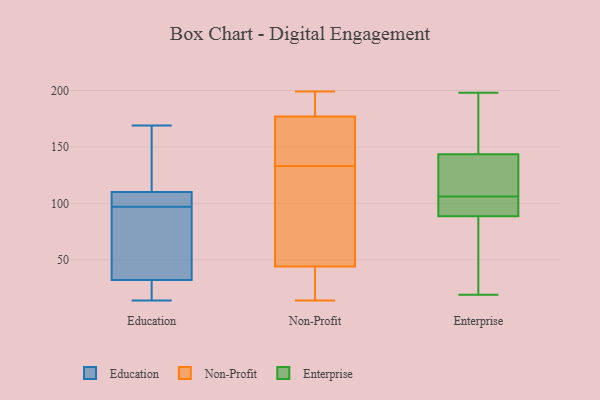
{"axis": {"x": "Tickets Resolved", "y": "Value"}, "legend": ["Education", "Enterprise", "Non-Profit"], "data": [{"x": "", "y": 91, "type": "Education"}, {"x": "", "y": 163, "type": "Education"}, {"x": "", "y": 32, "type": "Education"}, {"x": "", "y": 18, "type": "Education"}, {"x": "", "y": 14, "type": "Education"}, {"x": "", "y": 101, "type": "Education"}, {"x": "", "y": 94, "type": "Education"}, {"x": "", "y": 169, "type": "Education"}, {"x": "", "y": 100, "type": "Education"}, {"x": "", "y": 110, "type": "Education"}, {"x": "", "y": 198, "type": "Non-Profit"}, {"x": "", "y": 34, "type": "Non-Profit"}, {"x": "", "y": 91, "type": "Non-Profit"}, {"x": "", "y": 44, "type": "Non-Profit"}, {"x": "", "y": 180, "type": "Non-Profit"}, {"x": "", "y": 199, "type": "Non-Profit"}, {"x": "", "y": 177, "type": "Non-Profit"}, {"x": "", "y": 173, "type": "Non-Profit"}, {"x": "", "y": 139, "type": "Non-Profit"}, {"x": "", "y": 169, "type": "Non-Profit"}, {"x": "", "y": 14, "type": "Non-Profit"}, {"x": "", "y": 94, "type": "Non-Profit"}, {"x": "", "y": 127, "type": "Non-Profit"}, {"x": "", "y": 43, "type": "Non-Profit"}, {"x": "", "y": 108, "type": "Enterprise"}, {"x": "", "y": 59, "type": "Enterprise"}, {"x": "", "y": 23, "type": "Enterprise"}, {"x": "", "y": 126, "type": "Enterprise"}, {"x": "", "y": 119, "type": "Enterprise"}, {"x": "", "y": 101, "type": "Enterprise"}, {"x": "", "y": 97, "type": "Enterprise"}, {"x": "", "y": 184, "type": "Enterprise"}, {"x": "", "y": 195, "type": "Enterprise"}, {"x": "", "y": 19, "type": "Enterprise"}, {"x": "", "y": 36, "type": "Enterprise"}, {"x": "", "y": 86, "type": "Enterprise"}, {"x": "", "y": 142, "type": "Enterprise"}, {"x": "", "y": 144, "type": "Enterprise"}, {"x": "", "y": 190, "type": "Enterprise"}, {"x": "", "y": 106, "type": "Enterprise"}, {"x": "", "y": 96, "type": "Enterprise"}, {"x": "", "y": 198, "type": "Enterprise"}, {"x": "", "y": 99, "type": "Enterprise"}]}